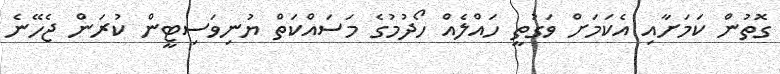
ގޮތުން ކަމަށާއި އެކަމަށް ވަގުތީ ހައްލެއް ހޯދުމުގެ މަސައްކަތް ޔުނިވަސިޓީން ކުރަން ޖެހޭނެ